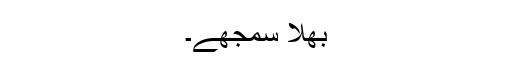
بھلا سمجھے۔